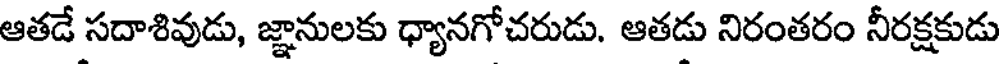
ఆతడే సదాశివుడు, జ్ఞానులకు ధ్యానగోచరుడు. ఆతడు నిరంతరం నీరక్షకుడు